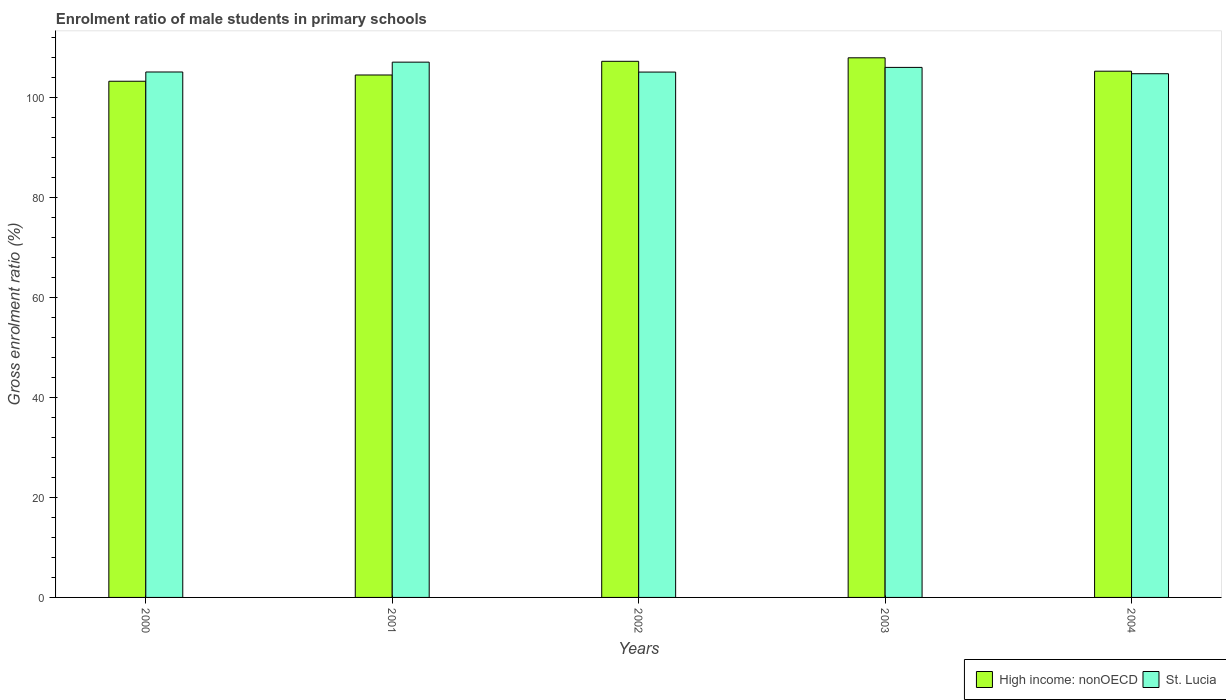
| Years | High income: nonOECD | St. Lucia |
 | --- | --- | --- |
 | 2000 | 103 | 105 |
 | 2001 | 105 | 107 |
 | 2002 | 107 | 105 |
 | 2003 | 108 | 106 |
 | 2004 | 105 | 105 |